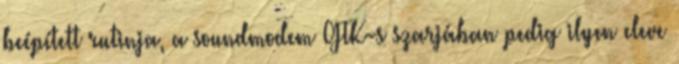
beépített rutinja, a soundmodem GTK-s szarjában pedig ilyen eleve